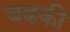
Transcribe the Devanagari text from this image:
वढकी